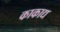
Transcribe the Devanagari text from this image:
काकाद्य